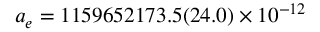
a _ { e } = 1 1 5 9 6 5 2 1 7 3 . 5 ( 2 4 . 0 ) \times 1 0 ^ { - 1 2 }